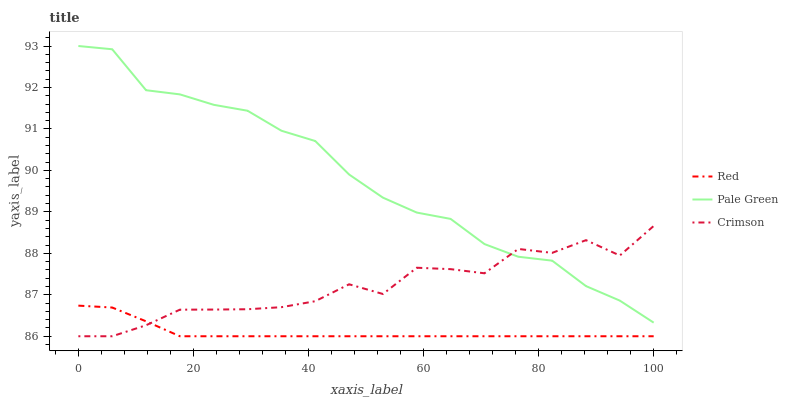
| xaxis_label | Red | Pale Green | Crimson |
 | --- | --- | --- | --- |
 | 0 | 86.7 | 93 | 86 |
 | 5.88 | 86.7 | 92.9 | 86 |
 | 11.8 | 86.4 | 91.9 | 86.3 |
 | 17.6 | 86 | 91.8 | 86.6 |
 | 23.5 | 86 | 91.6 | 86.6 |
 | 29.4 | 86 | 91.4 | 86.7 |
 | 35.3 | 86 | 91 | 86.7 |
 | 41.2 | 86 | 90.7 | 86.8 |
 | 47.1 | 86 | 89.9 | 87.3 |
 | 52.9 | 86 | 89.3 | 87 |
 | 58.8 | 86 | 89 | 87.7 |
 | 64.7 | 86 | 88.8 | 87.6 |
 | 70.6 | 86 | 88.2 | 87.5 |
 | 76.5 | 86 | 87.9 | 88.1 |
 | 82.4 | 86 | 87.8 | 88 |
 | 88.2 | 86 | 87.2 | 88.3 |
 | 94.1 | 86 | 86.9 | 87.9 |
 | 100 | 86 | 86.3 | 88.7 |